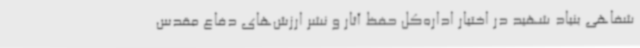
شفاهی بنیاد شهید در اختیار اداره‌کل حفظ آثار و نشر ارزش‌های دفاع مقدس